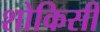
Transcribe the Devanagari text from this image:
शोकिसी